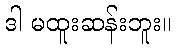
ဒါ မထူးဆန်းဘူး။